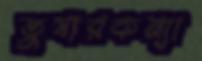
তুষারকন্যা